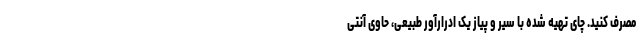
مصرف کنید. چای تهیه شده با سیر و پیاز یک ادرارآور طبیعی، حاوی آنتی